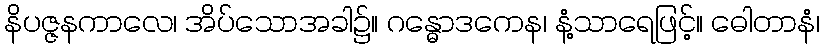
နိပဇ္ဇနကာလေ၊ အိပ်သောအခါ၌။ ဂန္ဓောဒကေန၊ နံ့သာရေဖြင့်။ ဓေါတာနံ၊